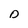
Character: D